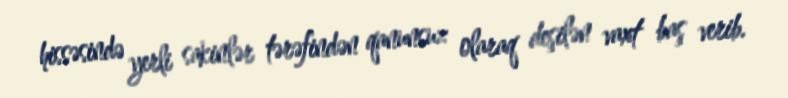
hissəsində yerli sakinlər tərəfindən qanunsuz olaraq deşilən vaxt baş verib.